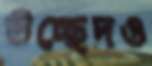
উচ্ছেদও